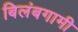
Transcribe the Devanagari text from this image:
बिलंबगामी